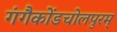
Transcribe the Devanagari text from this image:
गंगैकोंडचोलपुरम्